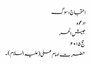
احتجاج، سوگ
ادعوہ
جیش الحر
حج ۲۰۱۵
حضرت امام علی (علیہ السلام)۔